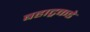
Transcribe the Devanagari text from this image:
बहाट्रकडे